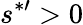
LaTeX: s^{*\prime}>0